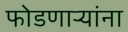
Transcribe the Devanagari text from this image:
फोडणाऱ्यांना